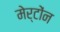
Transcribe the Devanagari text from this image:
मेर्टोंन